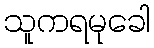
သူကရမုခေါ